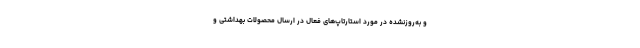
و به‌روزنشده در مورد استارتاپ‌های فعال در ارسال محصولات بهداشتی و